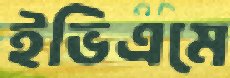
ইভিএমে